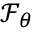
\mathcal { F } _ { \theta }